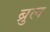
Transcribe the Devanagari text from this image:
ब्रुल